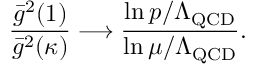
{ \frac { \bar { g } ^ { 2 } ( 1 ) } { \bar { g } ^ { 2 } ( \kappa ) } } \longrightarrow \frac { \ln p / \Lambda _ { \mathrm { Q C D } } } { \ln \mu / \Lambda _ { \mathrm { Q C D } } } .